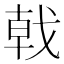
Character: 戟